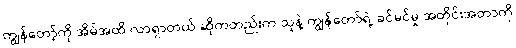
ကျွန်တော့်ကို အိမ်အထိ လာရှာတယ် ဆိုကတည်းက သူနဲ့ ကျွန်တော်ရဲ့ ခင်မင်မှု အတိုင်းအတာကို